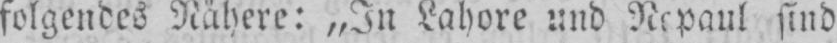
sind